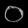
Digit: ၀